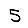
Digit: 5